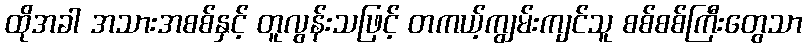
ထိုအခါ အသားအစစ်နှင့် တူလွန်းသဖြင့် တကယ့်ကျွမ်းကျင်သူ စစ်စစ်ကြီးတွေသာ